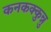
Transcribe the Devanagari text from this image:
कनकक्कुन्नु